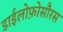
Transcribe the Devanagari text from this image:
डाईलोफ़ोसौरस